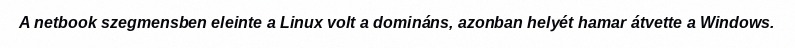
A netbook szegmensben eleinte a Linux volt a domináns, azonban helyét hamar átvette a Windows.